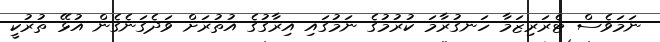
ނަމަވެސް ޓެރަރިޒަމާ ހަނގުރާމަ ކުރުމުގެ ނަމުގައި އިރާގުގެ އުތުރަށް ވަދެގަނެގެން އުޅޭ ތުރުކީ